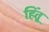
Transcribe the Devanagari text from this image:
हिंतू